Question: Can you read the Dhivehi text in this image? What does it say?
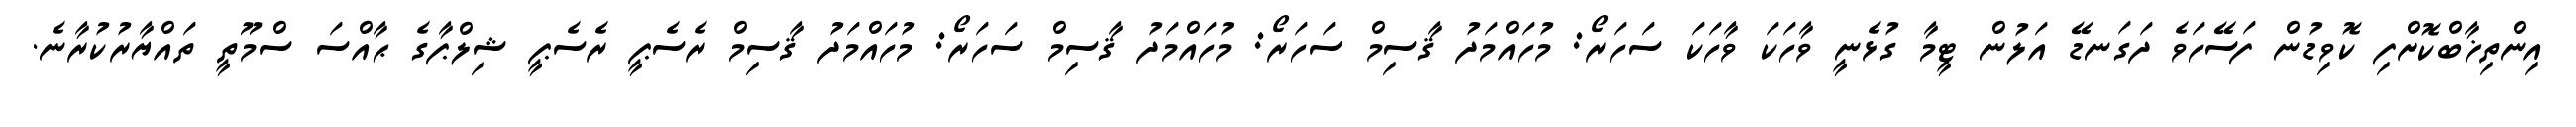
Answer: އިންތިޚާބްކޮށްފި ކޮވިޑުން ފަސޭހަވެ ދަގަނޑޭ އަލުން ޓީމާ ގުޅެނީ ވާހަކަ ވާހަކަ ސަހަރޯ: މުހައްމަދު ޤާސިމް ސަހަރޯ: މުހައްމަދު ޤާސިމް ސަހަރޯ: މުހައްމަދު ޤާސިމް ރެސެޕީ ރެސެޕީ ޝިލްޕާގެ ޙާއްސަ ސްމޫތީ ތައްޔާރުކުރާނެ.